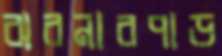
ঝরনারপাড়